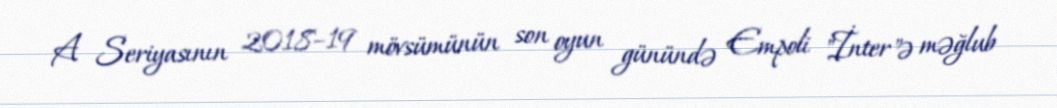
A Seriyasının 2018–19 mövsümünün son oyun günündə Empoli "İnter"ə məğlub